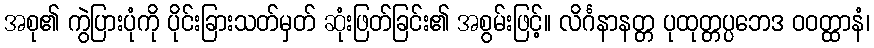
အစု၏ ကွဲပြားပုံကို ပိုင်းခြားသတ်မှတ် ဆုံးဖြတ်ခြင်း၏ အစွမ်းဖြင့်။ လိင်္ဂနာနတ္တ ပုထုတ္တပ္ပဘေဒ ဝဝတ္ထာနံ၊